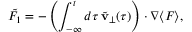
\tilde { F } _ { 1 } = - \left( \int _ { - \infty } ^ { t } d \tau \, \tilde { { \bf v } } _ { \perp } ( \tau ) \right) \boldsymbol { \cdot } \boldsymbol { \nabla } \langle F \rangle ,